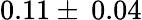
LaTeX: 0.11\pm\: 0.04